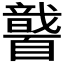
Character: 𱳓